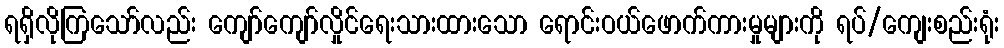
ရရှိလိုကြသော်လည်း ကျော်ကျော်လှိုင်ရေးသားထားသော ရောင်းဝယ်ဖောက်ကားမှုများကို ရပ်/ကျေးစည်းရုံး